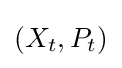
(X_{t},P_{t})